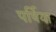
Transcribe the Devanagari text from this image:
पर्षिया